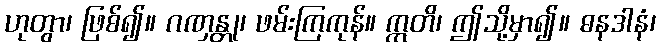
ဟုတွာ၊ ဖြစ်၍။ ဂဏှန္တု၊ ဖမ်းကြကုန်။ ဣတိ၊ ဤသို့မှာ၍။ ဓနဒါနံ၊